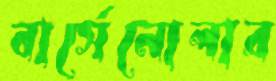
বার্সেনোলার